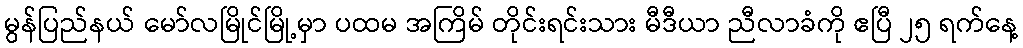
မွန်ပြည်နယ် မော်လမြိုင်မြို့မှာ ပထမ အကြိမ် တိုင်းရင်းသား မီဒီယာ ညီလာခံကို ဧပြီ ၂၅ ရက်နေ့